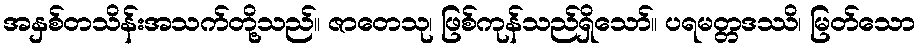
အနှစ်တသိန်းအသက်တို့သည်။ ဇာတေသု၊ ဖြစ်ကုန်သည်ရှိသော်။ ပရမတ္တဒဿိ၊ မြတ်သော